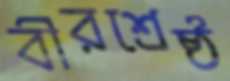
বীরশ্রেষ্ঠ